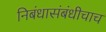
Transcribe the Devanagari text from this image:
निबंधासंबंधीचाच